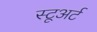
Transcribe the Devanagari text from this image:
स्टूअर्ट